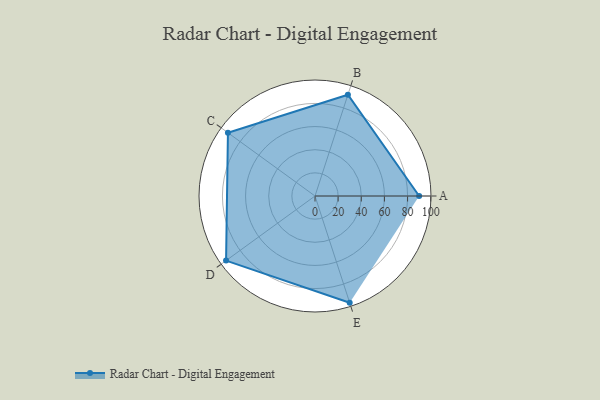
{"axis": {"x": "Skill", "y": "Score"}, "legend": ["Profile"], "data": [{"x": "A", "y": 90.0, "type": "Profile"}, {"x": "B", "y": 92.0, "type": "Profile"}, {"x": "C", "y": 93.0, "type": "Profile"}, {"x": "D", "y": 95.0, "type": "Profile"}, {"x": "E", "y": 97.0, "type": "Profile"}]}